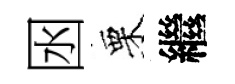
囦栗繼